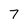
Character: 7